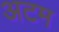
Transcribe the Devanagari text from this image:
अटम